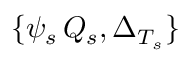
\{ \psi _ { s } \, Q _ { s } , \Delta _ { T _ { s } } \}